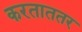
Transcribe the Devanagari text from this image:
करताततर